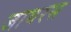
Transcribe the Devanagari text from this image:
जायरस